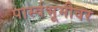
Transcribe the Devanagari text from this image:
पार्स्वभूमीवर